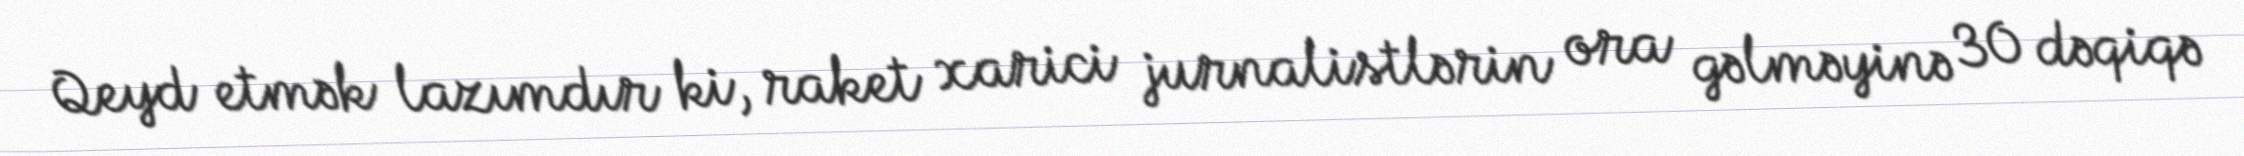
Qeyd etmək lazımdır ki, raket xarici jurnalistlərin ora gəlməyinə 30 dəqiqə